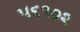
૫૬૧૦૨